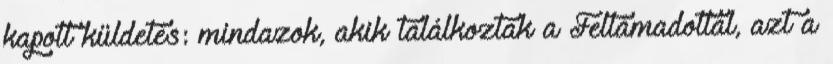
kapott küldetés: mindazok, akik találkoztak a Feltámadottal, azt a